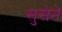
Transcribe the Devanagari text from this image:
सुसेने